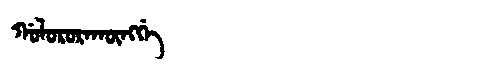
Manchu: ᡤᠣᠯᠣᡵᠣᡵᠠᡴᡡᠩᡤᡝ
Romanization: GOLORORAKŪNGGE